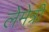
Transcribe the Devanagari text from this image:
लेमेत्री